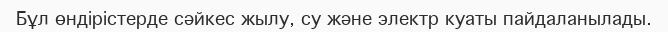
Бұл өндірістерде сәйкес жылу, су және электр куаты пайдаланылады.